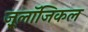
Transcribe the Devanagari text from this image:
ज़ू्लॉजिकल